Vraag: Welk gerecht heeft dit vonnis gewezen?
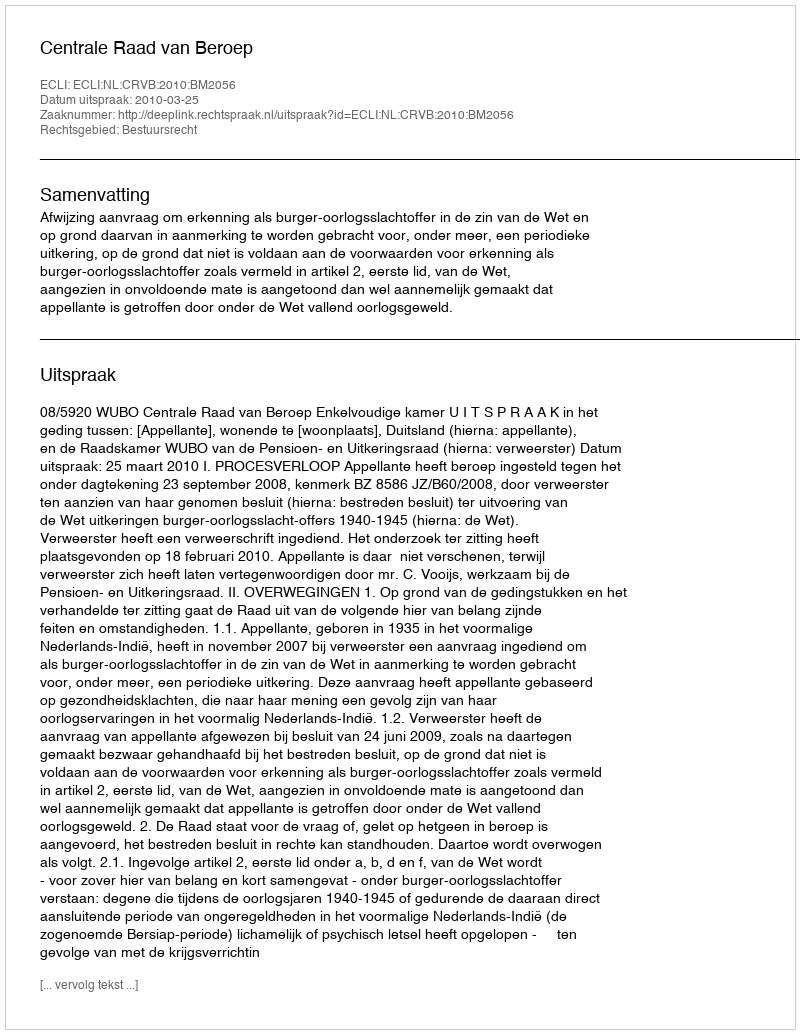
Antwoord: Centrale Raad van Beroep